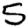
Digit: 5